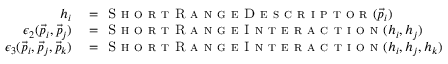
\begin{array} { r l } { h _ { i } } & { { } = \textsc { S h o r t R a n g e D e s c r i p t o r } ( \vec { p } _ { i } ) } \\ { \epsilon _ { 2 } ( \vec { p } _ { i } , \vec { p } _ { j } ) } & { { } = \textsc { S h o r t R a n g e I n t e r a c t i o n } ( h _ { i } , h _ { j } ) } \\ { \epsilon _ { 3 } ( \vec { p } _ { i } , \vec { p } _ { j } , \vec { p } _ { k } ) } & { { } = \textsc { S h o r t R a n g e I n t e r a c t i o n } ( h _ { i } , h _ { j } , h _ { k } ) } \end{array}